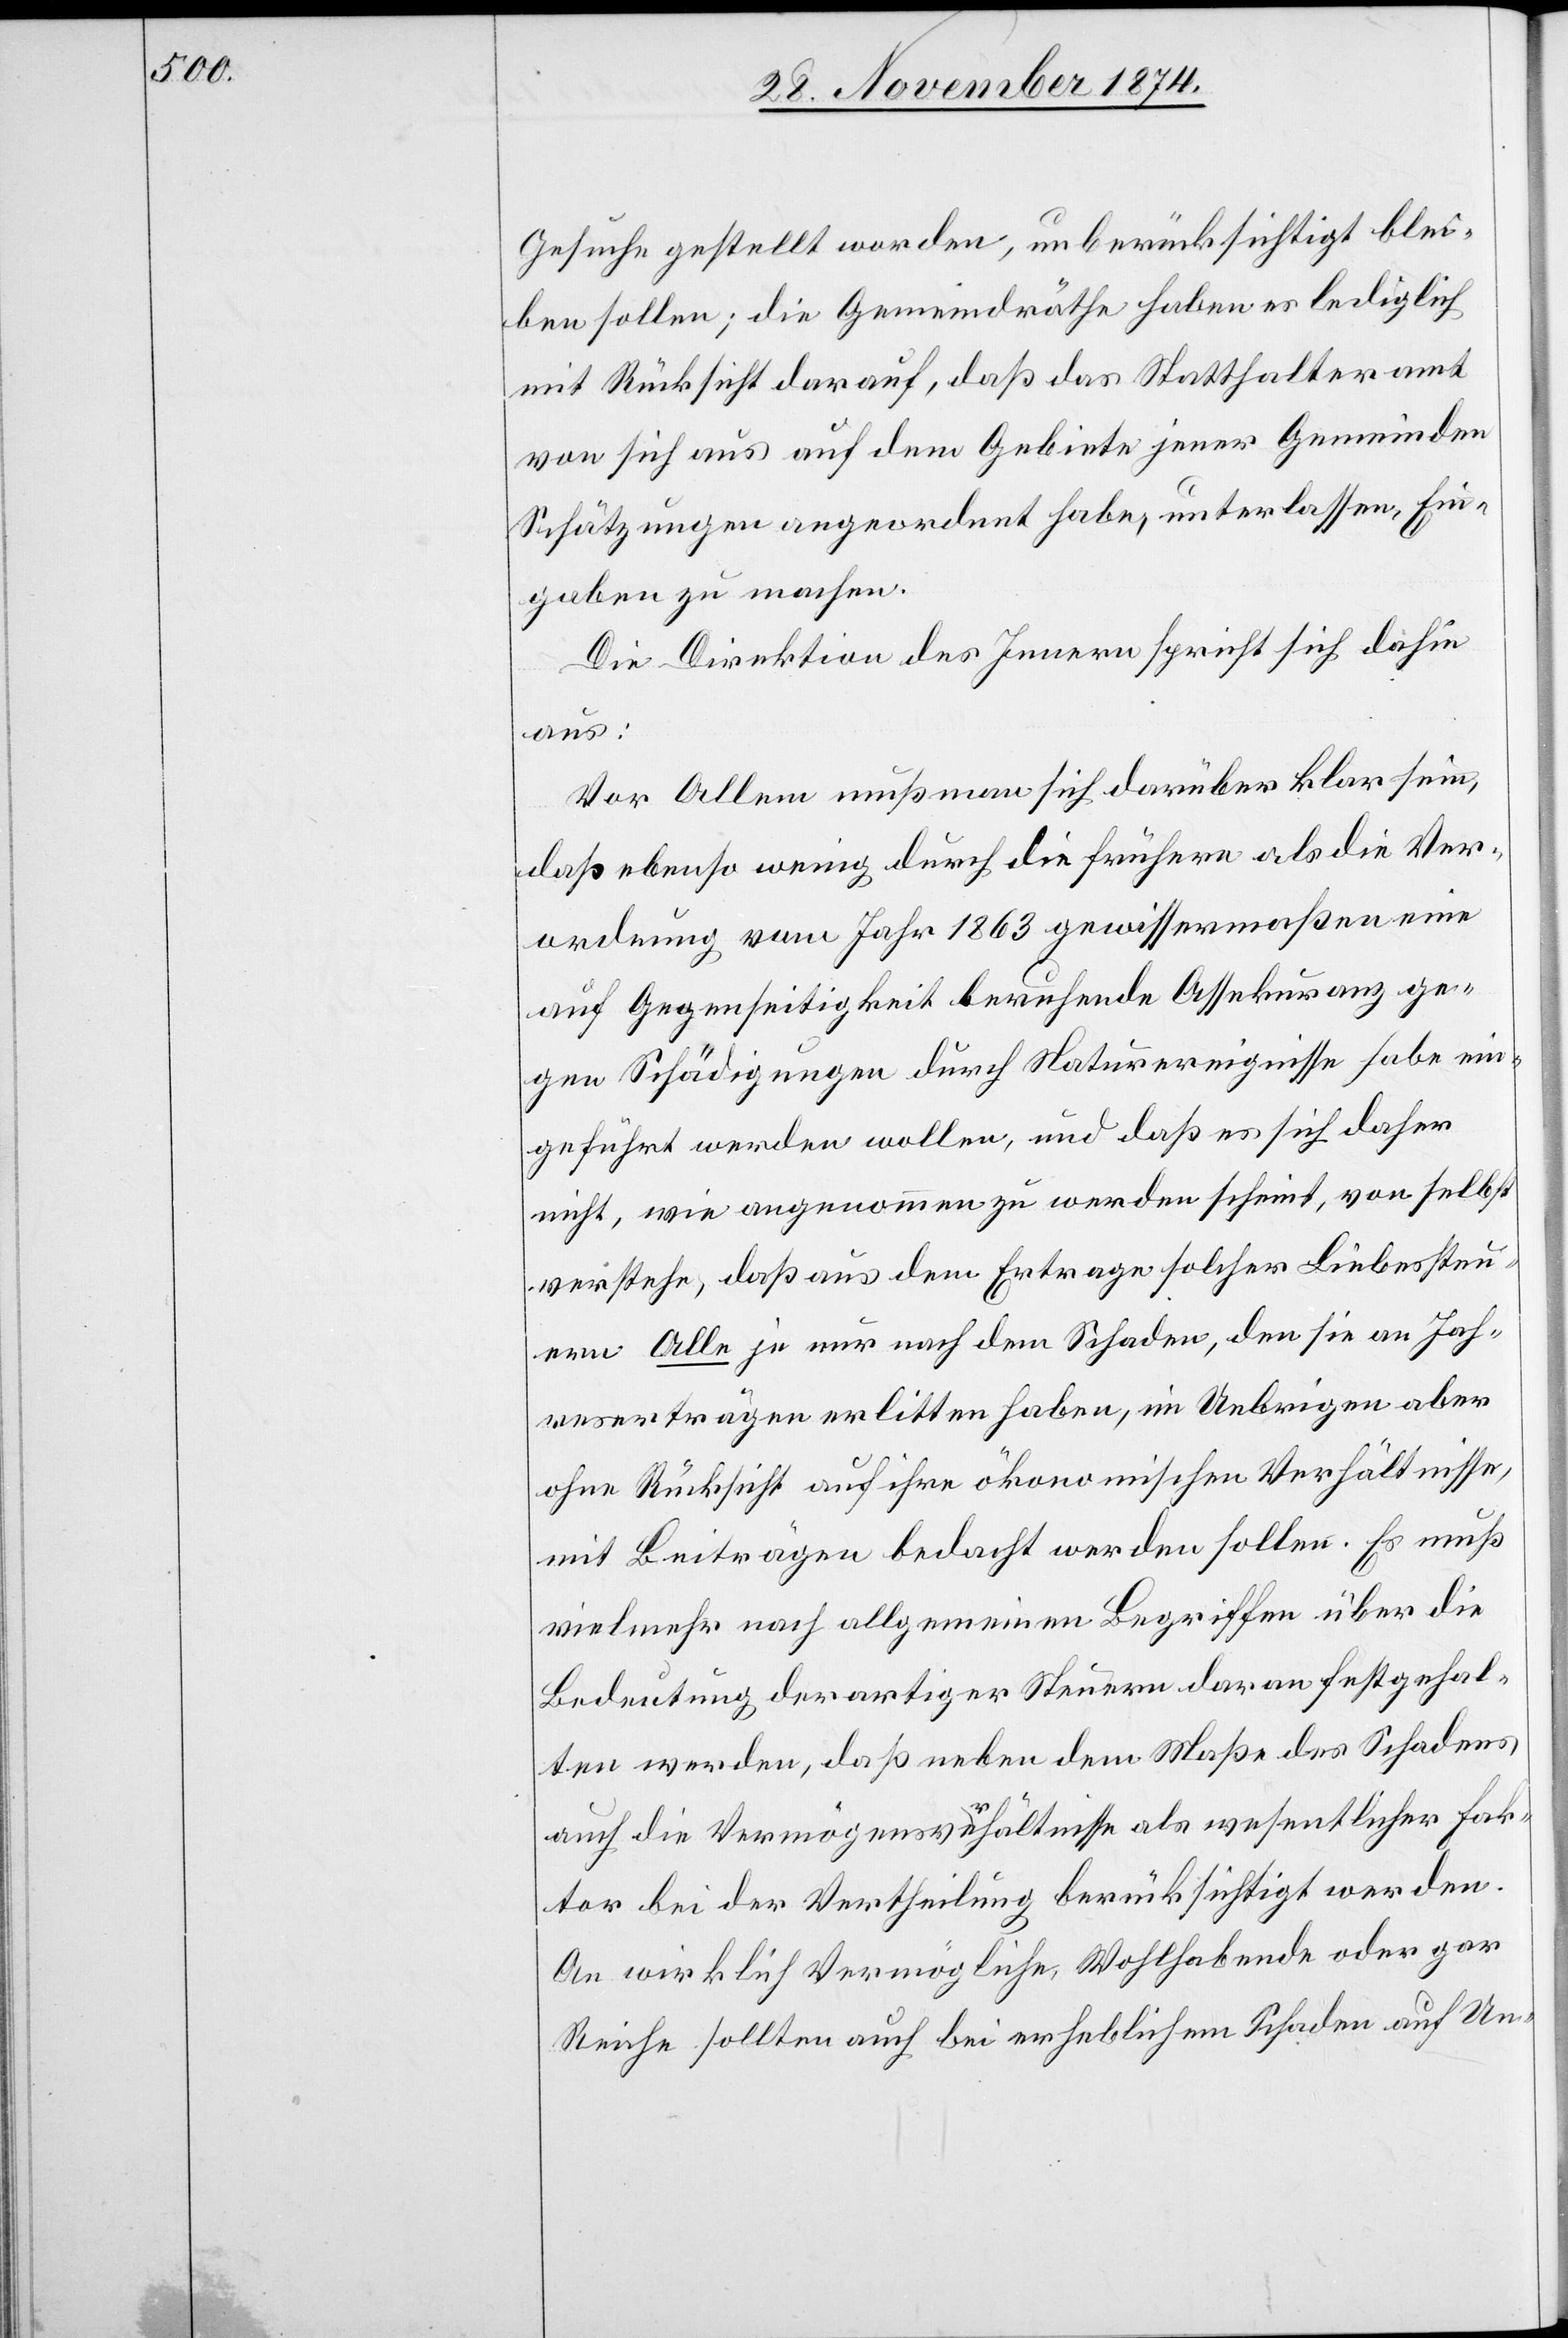
Gesuche gestellt worden, unberücksichtigt blei¬
ben sollen; die Gemeindräthe haben es lediglich
mit Rücksicht darauf, daß das Statthalteramt
von sich aus auf dem Gebiete jener Gemeinden
Schätzungen angeordnet habe, unterlassen, Ein¬
gaben zu machen.
Die Direktion des Innern spricht sich dahin
aus:
Vor Allem muß man sich darüber klar sein,
daß ebenso wenig durch die frühern als die Ver¬
ordnung vom Jahr 1863 gewissenmaßen eine
auf Gegenseitigkeit beruhende Assekuranz ge¬
gen Schädigungen durch Naturereignisse habe ein¬
geführt werden wollen, und daß es sich daher
nicht, wie angenommen zu werden scheint, von selbst
verstehe, daß aus dem Ertrage solcher Liebessteu¬
ern Alle je nur nach dem Schaden, den sie an Jah¬
reserträgen erlitten haben, im Uebrigen aber
ohne Rücksicht auf ihre ökonomischen Verhältnisse,
mit Beiträgen bedacht werden sollen. Es muß
vielmehr nach allgemeinen Begriffen über die
Bedeutung derartiger Steuern daran festgehal¬
ten werden, daß neben dem Maße des Schadens
auch die Vermögensverhältnisse als wesentlicher Fak¬
tor bei der Vertheilung berücksichtigt werden.
An wirklich Vermögliche, Wohlhabende oder gar
Reiche sollten auch bei erheblichem Schaden auf Un-